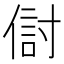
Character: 傠